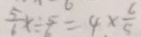
\frac { 5 } { 6 } x \div \frac { 5 } { 6 } = 4 \times \frac { 6 } { 5 }